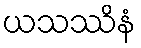
ယသဿိနံ